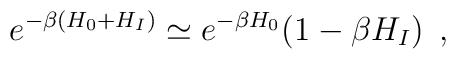
e^{- \beta(H_0+H_I)} \simeq e^{- \beta H_0} (1- \beta H_I) \; \, ,